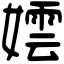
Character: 𡢅